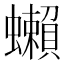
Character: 𧔣